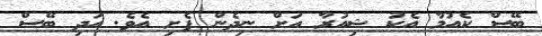
ބޭސް ކެއުމާ އެކު ޝިއުރާ އަށް ނިދެން ފެށި އެވެ. އަދި ބޭސް